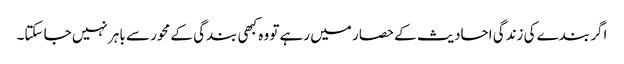
اگر بندے کی زندگی احادیث کے حصار میں رہے تو وہ کبھی بندگی کے محور سے باہر نہیں جا سکتا۔